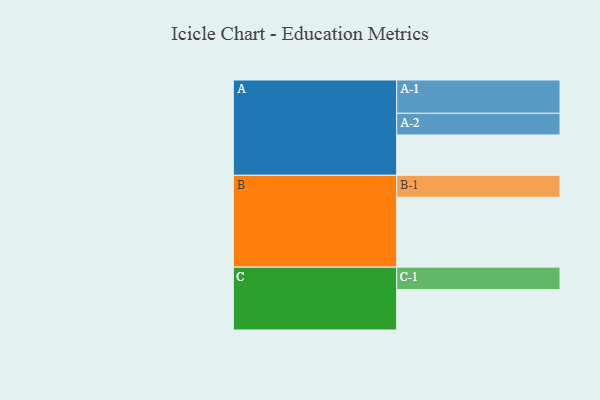
{"axis": {"x": "Segment", "y": "Value"}, "legend": ["", "A", "B", "C"], "data": [{"x": "A", "y": 326, "type": ""}, {"x": "B", "y": 564, "type": ""}, {"x": "C", "y": 326, "type": ""}, {"x": "A-1", "y": 269, "type": "A"}, {"x": "A-2", "y": 175, "type": "A"}, {"x": "B-1", "y": 178, "type": "B"}, {"x": "C-1", "y": 182, "type": "C"}]}